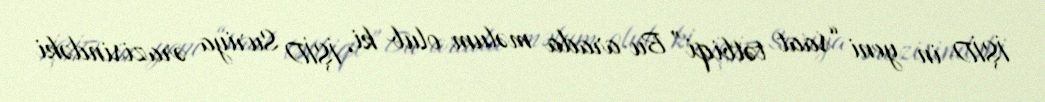
İŞİD-in yeni “saat tətbiqi” Bu arada məlum olub ki, İŞİD Suriya ərazisindəki